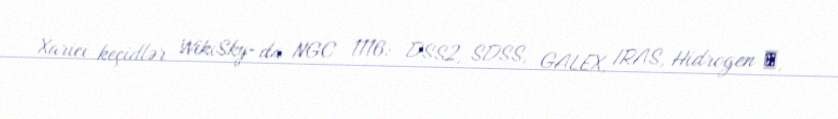
Xarici keçidlər WikiSky-da NGC 1116: DSS2, SDSS, GALEX, IRAS, Hidrogen α,